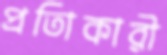
প্রতিাকারী